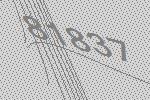
81837